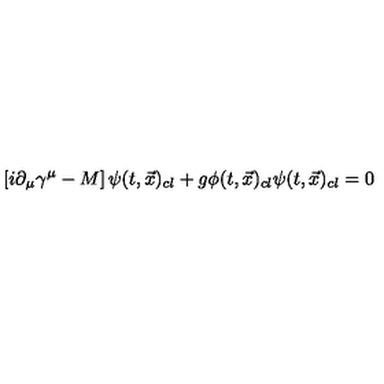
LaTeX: \left[ i \partial _ { \mu } \gamma ^ { \mu } - M \right] \psi ( t , { \vec { x } } ) _ { c l } + g \phi ( t , { \vec { x } } ) _ { c l } \psi ( t , { \vec { x } } ) _ { c l } = 0